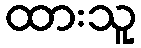
ထားသူ